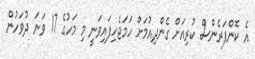
އެ ކޮންފަރެންސް ކުރިއަށް ގެންދިއުމަށް ހަމަޖެހިފައިވަނީ މި މަހުގެ 17 ވަނަ ދުވަހުން